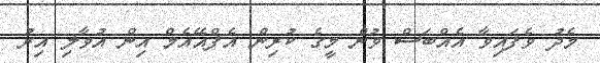
މެދު ވެފައިވާ އެއްބަސް ވުން މީގެ ކުރިން އެފްއޭއެމް އިން އުވާލި އިރު